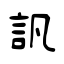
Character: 訉